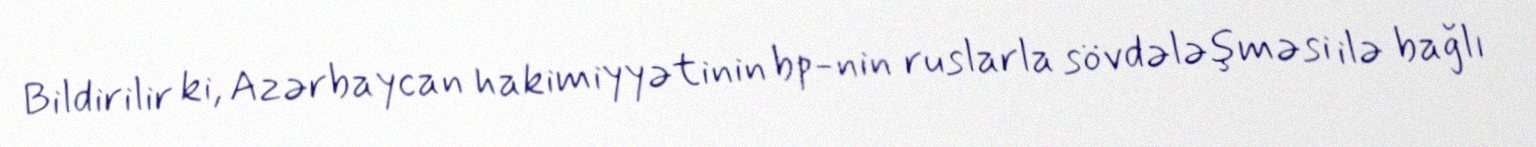
Bildirilir ki, Azərbaycan hakimiyyətinin bp-nin ruslarla sövdələşməsi ilə bağlı